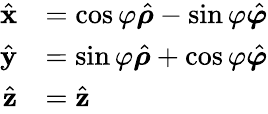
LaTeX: {\begin{array}{rl}{{\hat{\mathbf{x}}}}&{=\cos\varphi{\hat{\boldsymbol{\rho}}}-\sin\varphi{\hat{\boldsymbol{\varphi}}}}\\ {{\hat{\mathbf{y}}}}&{=\sin\varphi{\hat{\boldsymbol{\rho}}}+\cos\varphi{\hat{\boldsymbol{\varphi}}}}\\ {{\hat{\mathbf{z}}}}&{={\hat{\mathbf{z}}}}\end{array}}